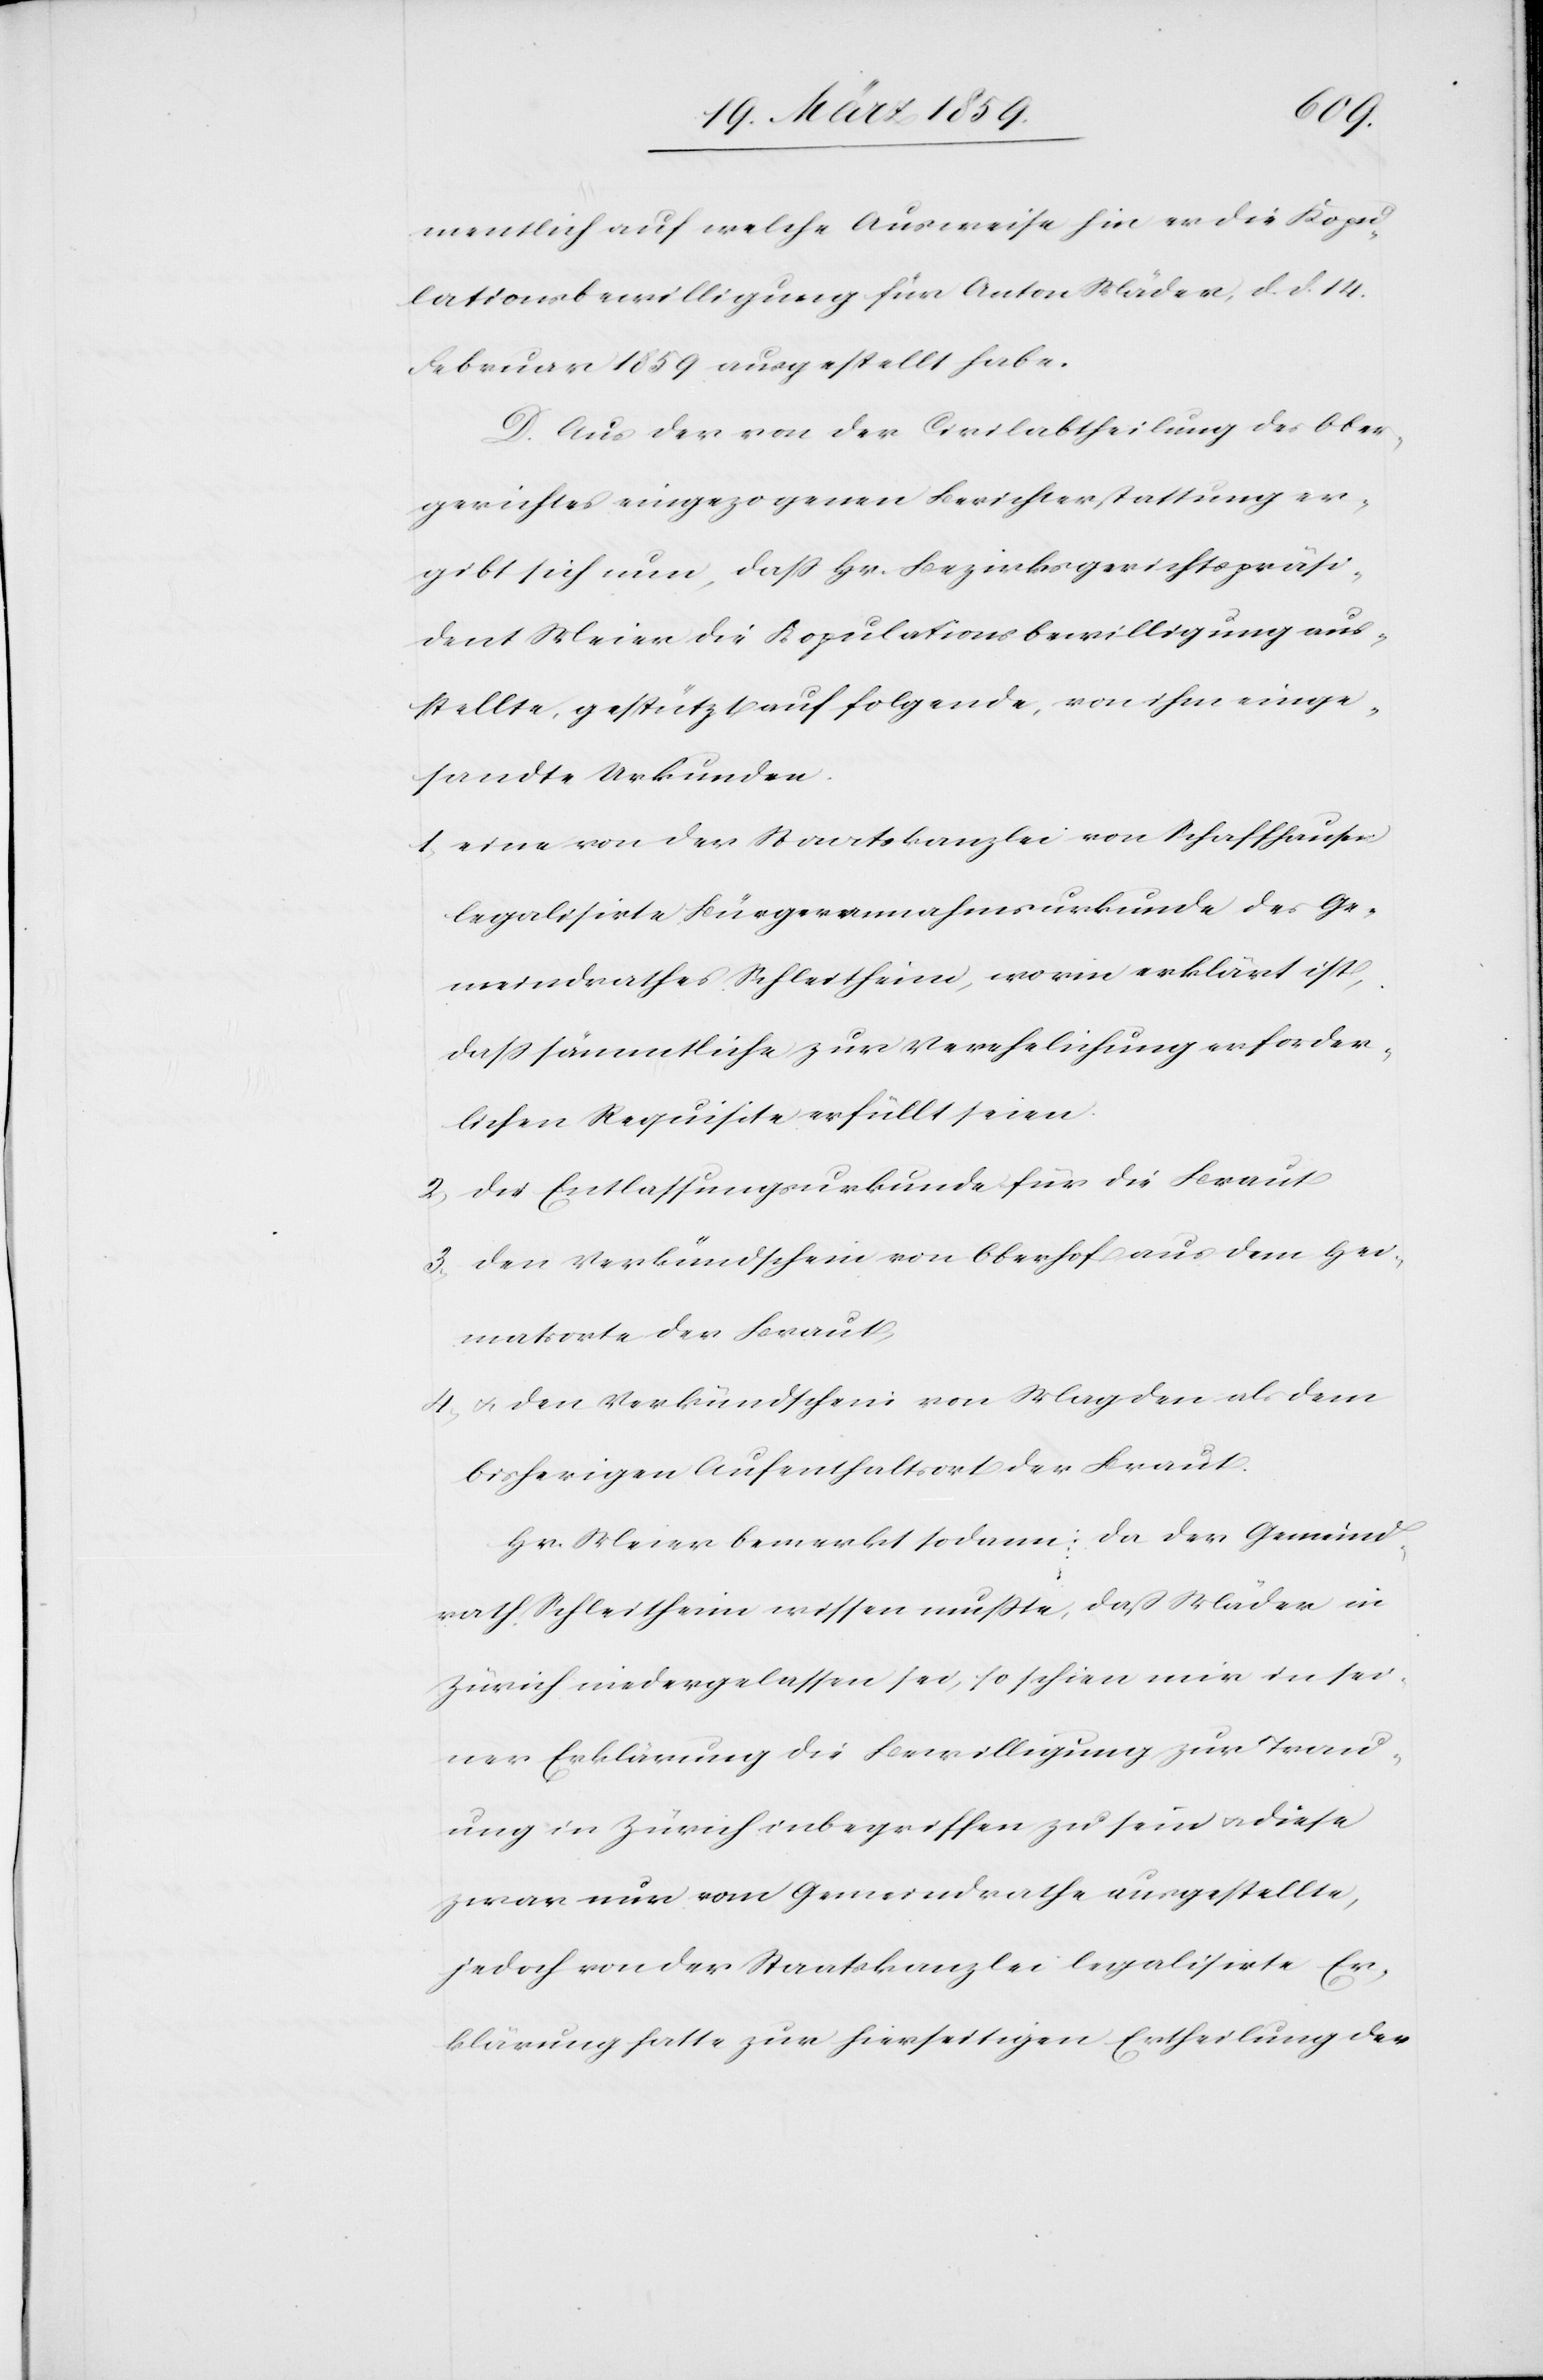
mentlich auf welche Ausweise hin er die Kopu¬
lationsbewilligung für Anton Mäder, d. d. 14.
Februar 1859 ausgestellt habe.
D. Aus der von der Civilabtheilung des Ober¬
gerichtes eingezogenen Berichterstattung er¬
gibt sich nun, daß Hr. Bezirksgerichtspräsi¬
dent Meier die Kopulationsbewilligung aus¬
stellte, gestützt auf folgende, von ihm einge¬
sandte Urkunden.
1) eine von der Staatskanzlei von Schaffhausen
legalisirte Bürgerannahmsurkunde des Ge¬
meindrathes Schleitheim, worin erklärt ist,
daß sämmtliche zur Verehelichung erforder¬
lichen Requisite erfüllt seien.
2) die Entlassungsurkunde für die Braut
3) den Verkündschein von Oberhof aus dem Hei¬
matsorte der Braut,
4) u. den Verkündschein von Magden als dem
bisherigen Aufenthaltsort der Braut.
Hr. Meier bemerkt sodann: da der Gemeind¬
rath Schleitheim wissen mußte, daß Mäder in
Zürich niedergelassen sei, so schien mir in sei¬
ner Erklärung die Bewilligung zur Trau¬
ung in Zürich inbegriffen zu sein u. diese
zwar nur vom Gemeindrathe ausgestellte,
jedoch von der Staatskanzlei legalisirte Er¬
klärung hatte zur hierseitigen Ertheilung der